Madras plague regulations in force outside the Presidency town - Volume 2
Disease focus: Plague
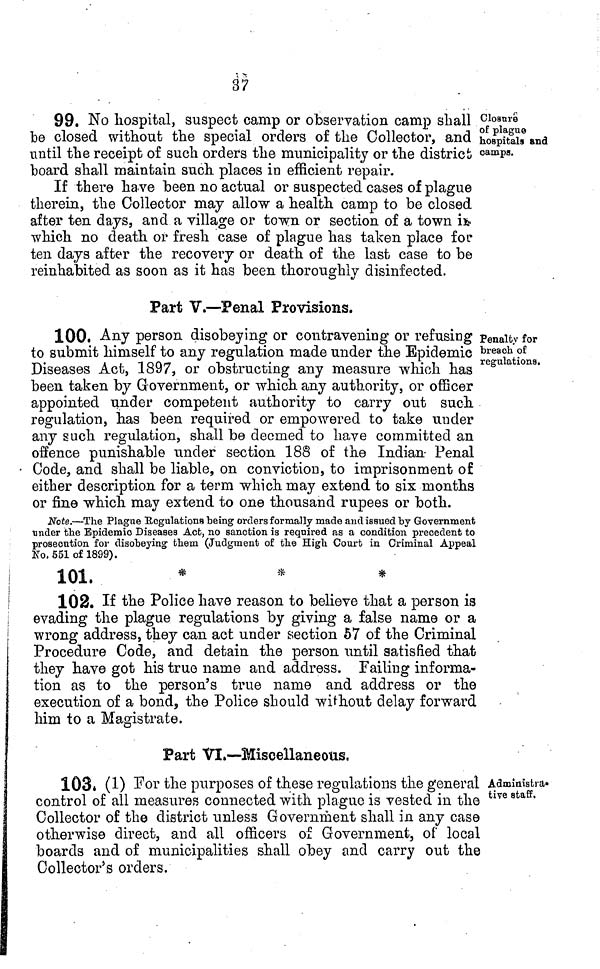
37
Closure
of plague
hospitals and
camps.
99. No hospital, suspect camp or observation camp shall
be closed without the special orders of the Collector, and
until the receipt of such orders the municipality or the district
board shall maintain such places in efficient repair.
If there ha.ve been no actual or suspected cases of plague
therein, the Collector may allow a health camp to be closed
after ten days, and a village or town or section of a town it«
which no death or fresh case of plague has taken place for
ten days after the recovery or death of the last case to be
reinhabited as soon as it has been thoroughly disinfected.
Part V.—Penal Provisions.
Penalty for
breach of
regulations.
100. Any person disobeying or contravening or refusing
to submit himself to any regulation made under the Epidemic
Diseases Act, 1897, or obstructing any measure which has
been taken by Government, or which any authority, or officer
appointed under competent authority to carry out such
regulation, has been required or empowered to take under
any such regulation, shall be deemed to have committed an
offence punishable under section 188 of the Indian Penal
Code, and shall be liable, on conviction, to imprisonment of
either description for a term which may extend to six months
or fine which may extend to one thousand rupees or both.
Note.—The Plague Regulations being orders formally made and issued by Government
under the Epidemic Diseases Act, no sanction is required as a condition precedent to
prosecution for disobeying them (Judgment of the High Court in Criminal Appeal
Ko. 551 of 1899).
101.
*
*
*
102. If the Police have reason to believe that a person is
evading the plague regulations by giving a false name or a
wrong address, they can act under section 57 of the Criminal
Procedure Code, and detain the person until satisfied that
they have got his true name and address. Failing informa-
tion as to the person's true name and address or the
execution of a bond, the Police should without delay forward
him to a Magistrate.
Part VI.—Miscellaneous,
Administra»
tive staff.
103. (1) For the purposes of these regulations the general
control of all measures connected with plague is vested in the
Collector of the district unless Government shall in any case
otherwise direct, and all officers of Government, of local
boards and of municipalities shall obey and carry out the
Collector's orders.